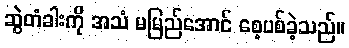
ဆွဲတံခါးကို အသံ မမြည်အောင် စေ့ပစ်ခဲ့သည်။